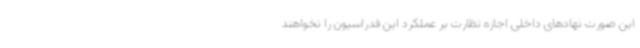
این صورت نهادهای داخلی اجازه نظارت بر عملکرد این فدراسیون را نخواهند